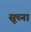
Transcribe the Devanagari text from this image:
सूच्ना